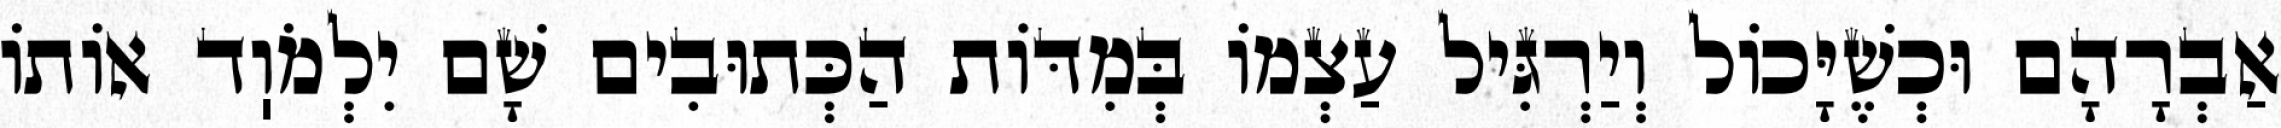
אַבְרָהָם וּכְשֶׁיָּכוֹל וְיַרְגִּיל עַצְמוֹ בְּמִדּוֹת הַכְּתוּבִים שָׁם יִלְמֹוֽד אוֹתוֹ